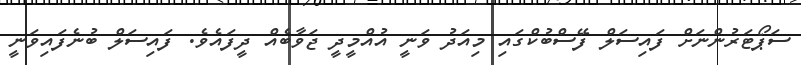
ސަޕޯޓަރުންނަށް ފައިސަލް ފޭސްބުކްގައި މިއަދު ވަނީ އުއްމީދީ ޖަވާބެއް ދީފައެވެ. ފައިސަލް ބުނެފައިވަނީ